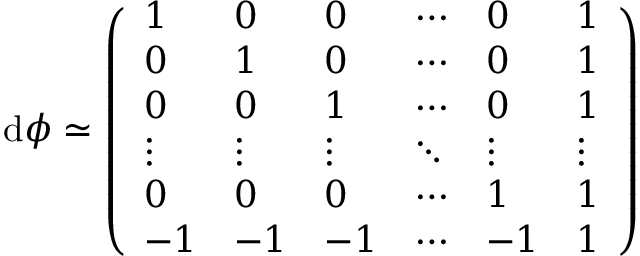
\mathrm { d } \phi \simeq \left( \begin{array} { l l l l l l } { 1 } & { 0 } & { 0 } & { \cdots } & { 0 } & { 1 } \\ { 0 } & { 1 } & { 0 } & { \cdots } & { 0 } & { 1 } \\ { 0 } & { 0 } & { 1 } & { \cdots } & { 0 } & { 1 } \\ { \vdots } & { \vdots } & { \vdots } & { \ddots } & { \vdots } & { \vdots } \\ { 0 } & { 0 } & { 0 } & { \cdots } & { 1 } & { 1 } \\ { - 1 } & { - 1 } & { - 1 } & { \cdots } & { - 1 } & { 1 } \end{array} \right)